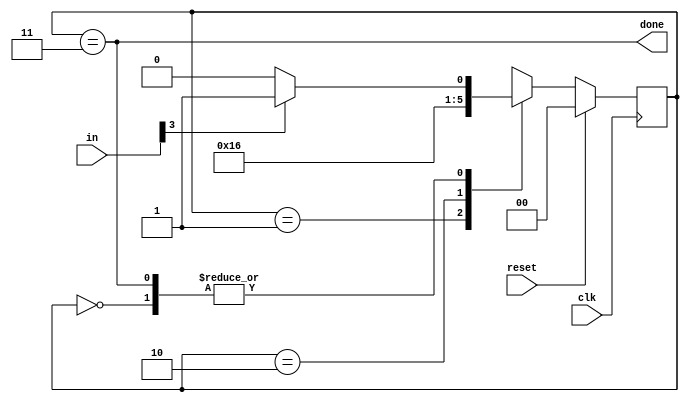
module top_module(
    input clk,
    input [7:0] in,
    input reset,    // Synchronous reset
    output done); //
    
    parameter B1 = 2'b00, B2 = 2'b01, B3 = 2'b10, DONE = 2'b11;
    reg [1:0] state,next;

    // State transition logic (combinational)
    always @ (*)
        begin
            case(state)
                B1: begin
                    if (in[3])
                        next = B2;
                    else
                        next = B1;
                end
                
                B2: next = B3;
                
                B3: next = DONE;
                
                DONE: begin
                    if(in[3])
                        next = B2;
                    else
                        next = B1;
                end
                
                default: next = B1;
            endcase
        end

    // State flip-flops (sequential)
    always @ (posedge clk)
        begin
            if (reset)
                state <= B1;
            else
                state <= next;
        end
 
    // Output logic
    assign done = (state==DONE);

endmodule